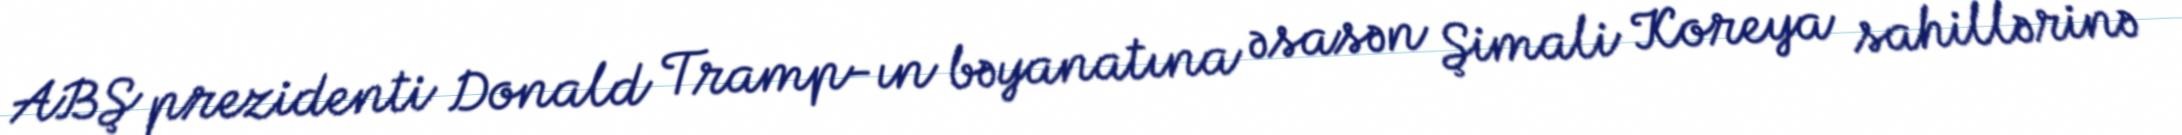
ABŞ prezidenti Donald Tramp-ın bəyanatına əsasən Şimali Koreya sahillərinə